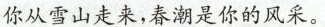
你从雪山走来，春潮是你的风采。